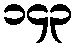
၁၄၃